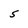
Character: 5